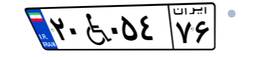
۲۰W۰۵۴۷۶